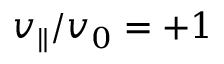
v _ { \| } / v _ { 0 } = + 1